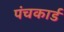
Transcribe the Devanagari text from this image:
पंचकार्ड